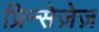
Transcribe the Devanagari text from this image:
प्रिन्सेज़ेज़